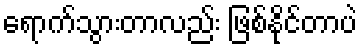
ရောက်သွားတာလည်း ဖြစ်နိုင်တာပဲ